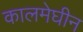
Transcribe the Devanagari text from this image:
कालमेघीन